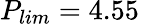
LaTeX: P_{lim}=4.55\